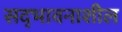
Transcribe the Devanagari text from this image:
सद्‌भावनाशील